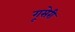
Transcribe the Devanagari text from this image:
गूसेरी